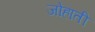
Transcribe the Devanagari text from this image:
जोहाती